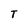
Character: T